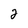
Character: 2